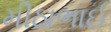
મીઠાભાઈ